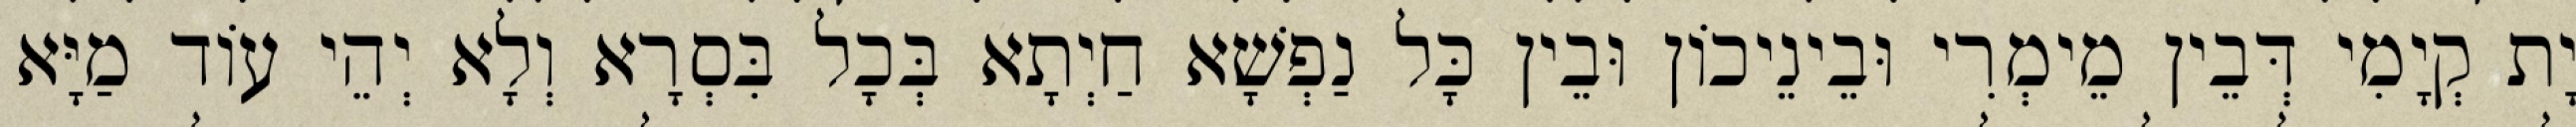
יָת קְיָמִי דְּבֵין מֵימְרִי וּבֵינֵיכוֹן וּבֵין כָּל נַפְשָׁא חַיְתָא בְּכָל בִּסְרָא וְלָא יְהֵי עוֹד מַיָּא